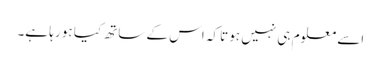
اسے معلوم ہی نہیں ہوتا کہ اس کے ساتھ کیا ہو رہا ہے۔